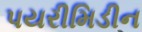
પયરીમિડીન